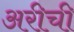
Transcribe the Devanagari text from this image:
अरीची